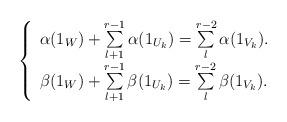
LaTeX: \begin{align*}\left\{\begin{array}{ll}\alpha(1_{W})+\sum\limits_{l+1}^{r-1}\alpha(1_{U_k})=\sum\limits_{l}^{r-2}\alpha(1_{V_k}).\\\beta(1_{W})+\sum\limits_{l+1}^{r-1}\beta(1_{U_k})=\sum\limits_{l}^{r-2}\beta(1_{V_k}).\end{array}\right.\end{align*}